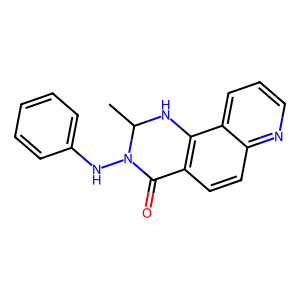
SMILES: CC1Nc2c(ccc3ncccc23)C(=O)N1Nc1ccccc1
Inhibits HIV replication: No